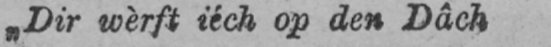
„Dir wèrft iéch op den Dâch